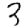
Digit: 3